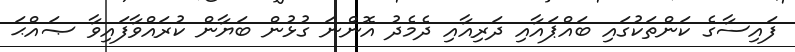
ފައިސާގެ ކަންތަކުގައި ބައްޕައާއި ދަރިއާއި ދެމެދު އޮންނަ ގުޅުން ބަޔާން ކުރައްވާފައިވާ ޞައްޙަ